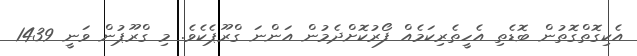
އެކިގޮތްގޮތުން ބޮޑެތި އެހީތެރިކަމެއް ފޯރުކޮށްދެމުން އަންނަ ގްރޫޕެކެވެ. މި ގްރޫޕުން ވަނީ 1439